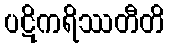
ပဋိကရိဿတီတိ